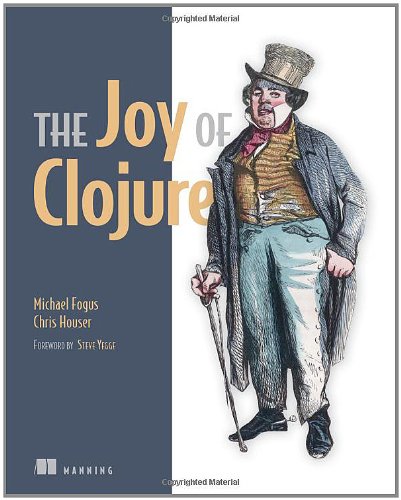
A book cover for The Joy of Clojure: Thinking the Clojure Way; Michael Fogus; Computers & Technology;